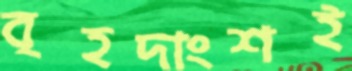
বৃহদাংশই